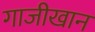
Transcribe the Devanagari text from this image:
गाजीखान